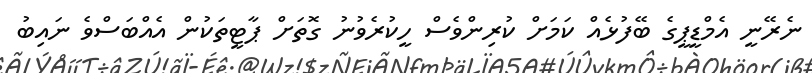
ނެރޭނީ އެމްޑީޕީގެ ބޭފުޅެއް ކަމަށް ކުރިންވެސް ހީކުރެވުނު ގޮތަށް ޕާޓީތަކުން އެއްބަސްވެ ނައިބު